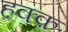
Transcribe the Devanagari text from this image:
हक्क़